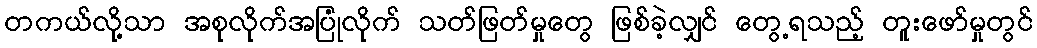
တကယ်လို့သာ အစုလိုက်အပြုံလိုက် သတ်ဖြတ်မှုတွေ ဖြစ်ခဲ့လျှင် တွေ့ရသည့် တူးဖော်မှုတွင်